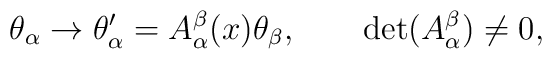
\theta_\alpha \rightarrow \theta_\alpha ^{\prime }=A_\alpha^\beta (x)\theta_\beta ,\qquad \det (A_\alpha^\beta )\neq 0,